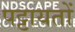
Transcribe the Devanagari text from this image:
पट्टायतों